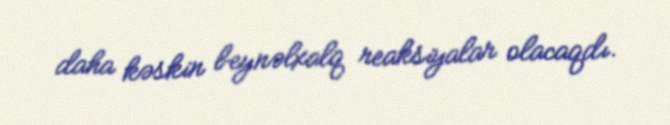
daha kəskin beynəlxalq reaksiyalar olacaqdı.